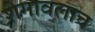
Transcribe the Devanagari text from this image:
शेगावलाच